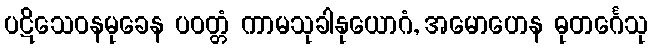
ပဋိသေဝနမုခေန ပဝတ္တံ ကာမသုခါနုယောဂံ, အမောဟေန ဓုတင်္ဂေသု